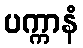
ပက္ကာနံ